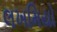
લખમિયો